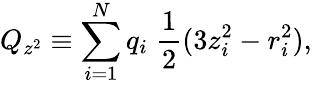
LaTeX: Q_{z^{2}}\equiv\sum_{i=1}^{N}q_{i}\; {\frac{1}{2}}(3z_{i}^{2}-r_{i}^{2}),